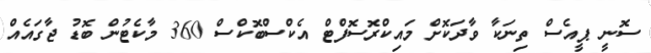
ސޮނީ ޕީއެސް ތިނަކާ ވާދަކޮށް މައިކްރޮސޮފްޓް އެކްސްބޮކްސް 360 މާކެޓުން ބޮޑު ޖާގައެއް